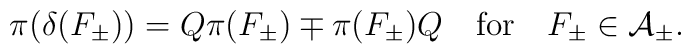
\pi ( \delta (F_\pm)) = Q \pi (F_\pm) \mp \pi (F_\pm) Q\quad \mbox{for} \quad F_\pm \in {\cal A}_\pm.